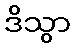
ဒိသွာ